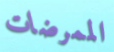
الممرضات